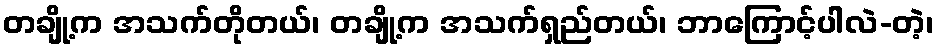
တချို့က အသက်တိုတယ်၊ တချို့က အသက်ရှည်တယ်၊ ဘာကြောင့်ပါလဲ-တဲ့၊